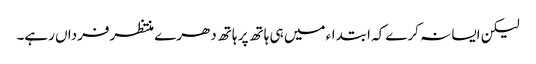
لیکن ایسا نہ کرے کہ ابتداء میں ہی ہاتھ پر ہاتھ دھرے منتظرفرداں رہے۔